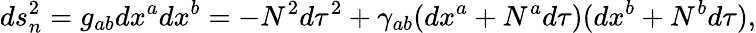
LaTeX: ds_{n}^{2}=g_{ab}dx^{a}dx^{b}=-N^{2}d\tau^{2}+\gamma_{ab}(dx^{a}+N^{a}d\tau)(dx^{b}+N^{b}d\tau),